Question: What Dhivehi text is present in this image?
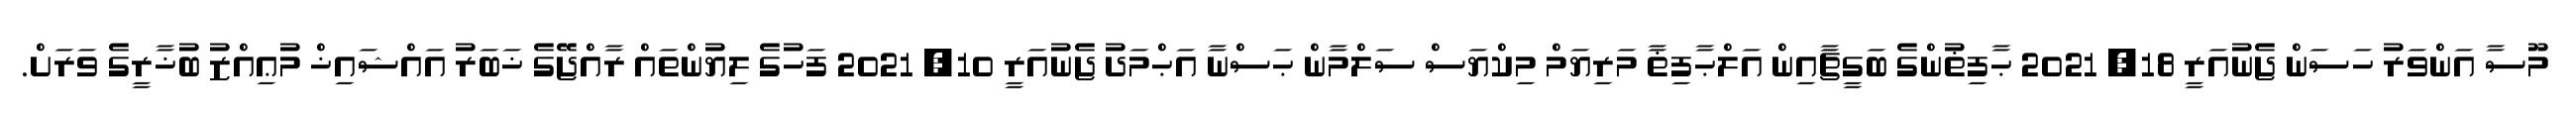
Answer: މޫސާ އަންވަރު ހަސަން ޖެނުއަރީ 18, 2021 ޙާފިޡުންގެ ބަގީޗާއިން އަލްޙާފިޡާ މަރިޔަމް މިކްޔަސް ސަލްމާން ޙަސްނާ އަޙްމަދު ޖެނުއަރީ 10, 2021 ފަހުގެ ލިޔުންތައް ރާއްޖޭގެ ޚަބަރު އައްޝައިޚް މުޢިއްޒު ބުޚާރީގެ ވަރަށް.